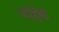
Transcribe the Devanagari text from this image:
माहेक